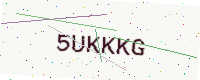
Text: 5UKKKG